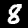
Digit: 8